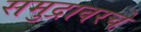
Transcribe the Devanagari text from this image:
समुद्रावरचे